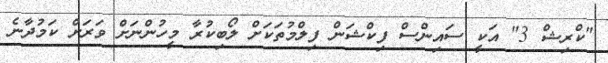
"ކްރިޝް 3" އަކީ ސައިންސް ފިކްޝަން ފިލްމުތަކަށް ލޯބިކުރާ މީހުންނަށް ވަރަށް ކަމުދާނެ